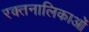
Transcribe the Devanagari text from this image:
रक्तनालिकाओं